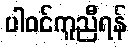
ပါဝင်ကူညီရန်